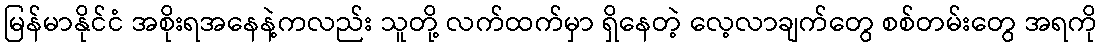
မြန်မာနိုင်ငံ အစိုးရအနေနဲ့ကလည်း သူတို့ လက်ထက်မှာ ရှိနေတဲ့ လေ့လာချက်တွေ စစ်တမ်းတွေ အရကို